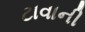
ટાવાની